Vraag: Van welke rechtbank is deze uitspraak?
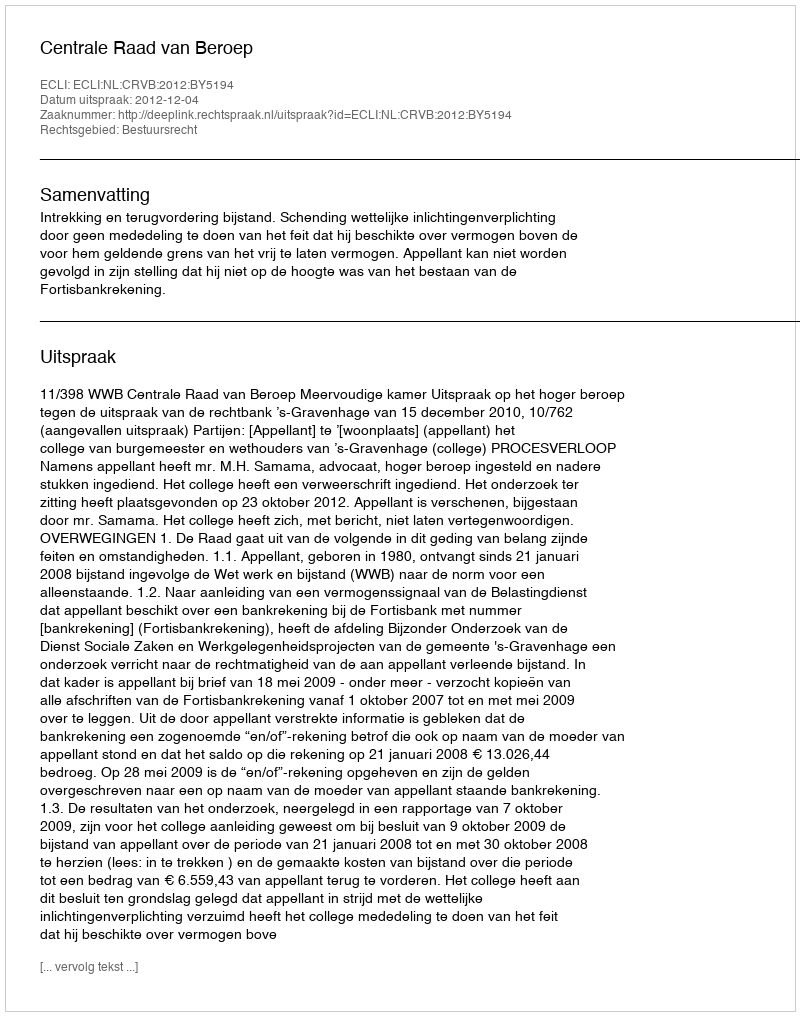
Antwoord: Centrale Raad van Beroep